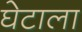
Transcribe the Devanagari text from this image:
घेटाला